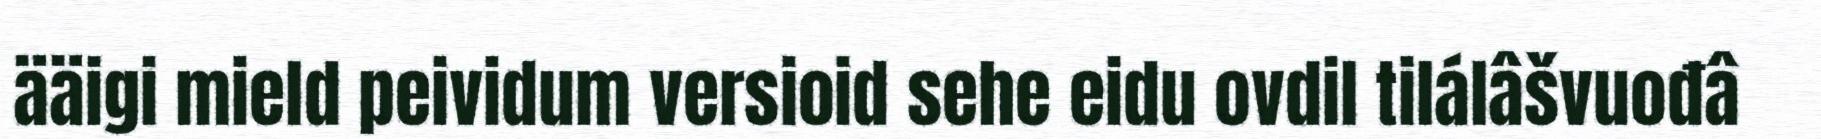
ääigi mield peividum versioid sehe eidu ovdil tilálâšvuođâ